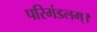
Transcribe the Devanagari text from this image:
परिमंडलम्।